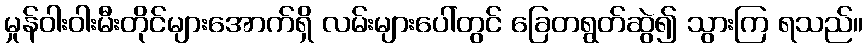
မှုန်ဝါးဝါးမီးတိုင်များအောက်ရှိ လမ်းများပေါ်တွင် ခြေတရွတ်ဆွဲ၍ သွားကြ ရသည်။